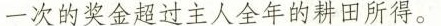
一次的奖金超过主人全年的耕田所得。